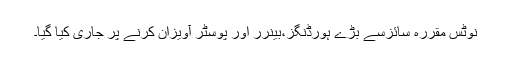
نوٹس مقررہ سائزسے بڑے ہورڈنگز،بینرر اور پوسٹر آویزان کرنے پر جاری کیا گیا۔